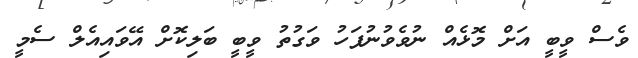
ވެސް ވީބީ އަށް މޮޅެއް ނުވެވުނުފަހު ވަގުތު ވީބީ ބަލިކޮށް އޭވައިއެލް ސެމީ